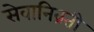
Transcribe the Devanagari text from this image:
सेवानिव्रती